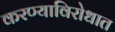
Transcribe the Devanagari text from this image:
करण्याविरोधात